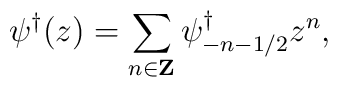
\psi^{\dagger}(z)=\sum_{n \in {\bf Z}}\psi^{\dagger}_{-n-1/2} z^{n},